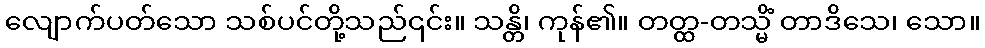
လျောက်ပတ်သော သစ်ပင်တို့သည်၎င်း။ သန္တိ၊ ကုန်၏။ တတ္ထ-တသ္မိံ တာဒိသေ၊ သော။